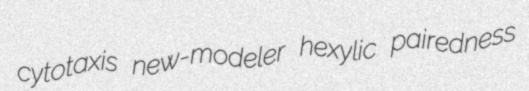
cytotaxis new-modeler hexylic pairedness